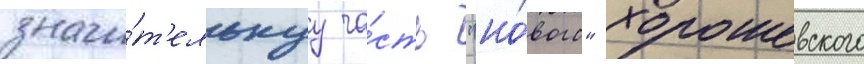
значи́т'ельнуу ча́сть "но́вого" хорошевского